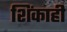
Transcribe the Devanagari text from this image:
शिंकाही